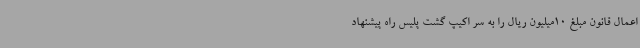
اعمال قانون مبلغ 10میلیون ریال را به سر اکیپ گشت پلیس راه پیشنهاد